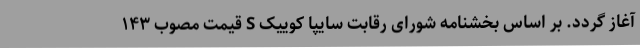
آغاز گردد. بر اساس بخشنامه شورای رقابت سایپا کوییک S قیمت مصوب ۱۴۳